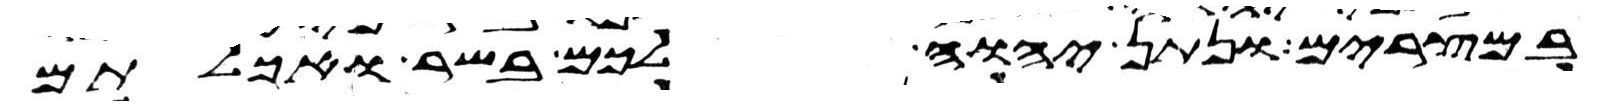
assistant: במצרים ונתן יהוה לכם בשר ואכלתם